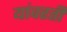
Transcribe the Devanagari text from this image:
यांवरती